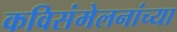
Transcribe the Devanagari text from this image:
कविसंमेलनांच्या